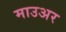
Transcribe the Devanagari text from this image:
माउअर